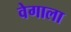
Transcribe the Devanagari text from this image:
वेगाला